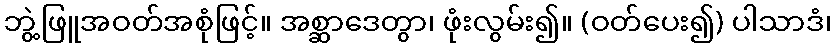
ဘွဲ့ဖြူအဝတ်အစုံဖြင့်။ အစ္ဆာဒေတွာ၊ ဖုံးလွမ်း၍။ (ဝတ်ပေး၍) ပါသာဒံ၊